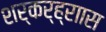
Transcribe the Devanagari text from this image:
शर्कर्ह्राास